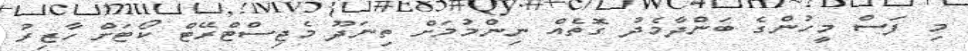
މި ފަސް މީހުންގެ ބަންދާމެދު ގޮތެއް ނިންމުމަށް ތިނަދޫ މެޖިސްޓްރޭޓް ކޯޓަށް ހާޒިރު